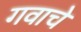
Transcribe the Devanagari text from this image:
गवाचे